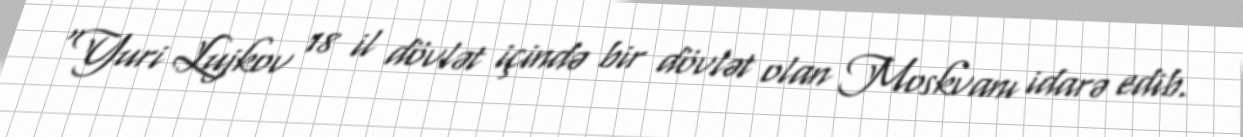
“Yuri Lujkov 18 il dövlət içində bir dövlət olan Moskvanı idarə edib.